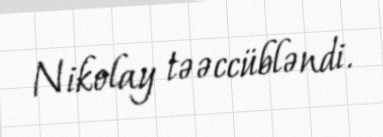
Nikolay təəccübləndi.